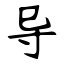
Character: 导